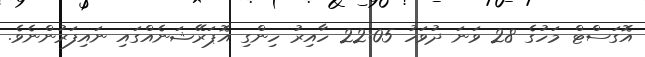
އޮގަސްޓް މަހުގެ 28 ވަނަ ދުވަހު 22:05 ހާއިރު ހިންގި އޮޕަރޭޝަނެއްގައި ނައިފަރުންނެވެ.